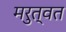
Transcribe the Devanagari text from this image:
मरुत्वत